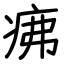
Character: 疿